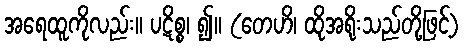
အရေထူကိုလည်း။ ပဋိစ္စ၊ ၍။ (တေဟိ၊ ထိုအရိုးသည်တို့ဖြင့်)